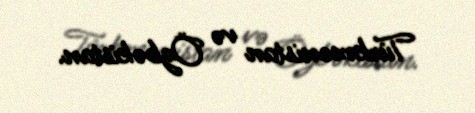
Türkmənistan və Özbəkistan.